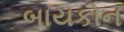
બાયકોન